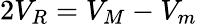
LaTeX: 2V_{R}=V_{M}-V_{m}